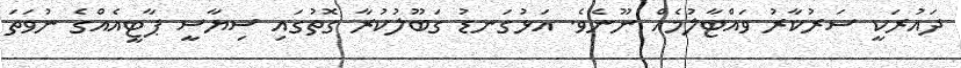
ދައުރަކީ ސަރުކާރު ވައްޓާލުމެއް ނޫނެވެ. އަޅުގަނޑު ގަބޫލުކުރާ ގޮތުގައި ސިޔާސީ ޕާޓީއެއްގެ ނުވަތަ